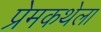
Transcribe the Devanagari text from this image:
प्रेमकथेला